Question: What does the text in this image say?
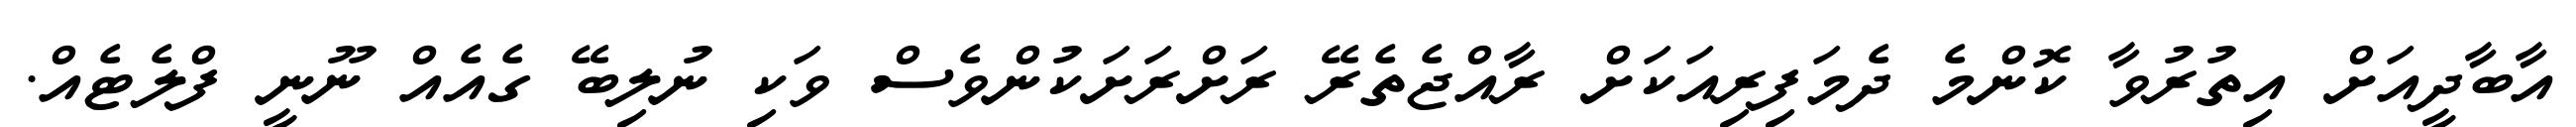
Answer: އާބާދީއަށް އިތުރުވާ ކޮންމެ ދެމަފިރިއަކަށް ރާއްޖެތެރޭ ރަށްރަށަކުންވެސް ވަކި ނުލިބޭ ގެއެއް ނޫނީ ފްލެޓެއް.